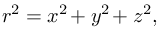
\, r ^ { 2 } = x ^ { 2 \! } + y ^ { 2 \! } + z ^ { 2 } ,